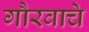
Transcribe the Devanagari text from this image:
गौरवाचे